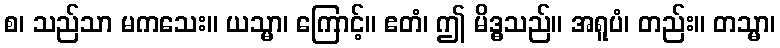
စ၊ သည်သာ မကသေး။ ယသ္မာ၊ ကြောင့်။ ဧတံ၊ ဤ မိဒ္ဓသည်။ အရူပံ၊ တည်း။ တသ္မာ၊